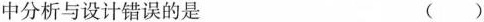
中分析与设计错误的是 （ ）